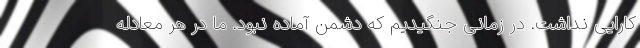
کارایی نداشت. در زمانی جنگیدیم که دشمن آماده نبود. ما در هر معادله